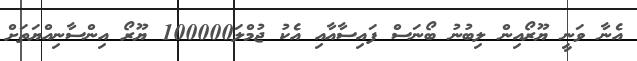
އެނާ ވަނީ ޔޫރޯއިން ލިބުނު ބޯނަސް ފައިސާއާއި އެކު ޖުމްލަ100000 ޔޫރޯ އިންސާނިއްޔަތަށް